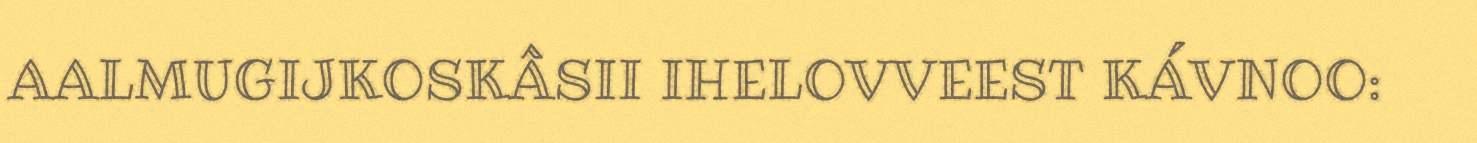
AALMUGIJKOSKÂSII IHELOVVEEST KÁVNOO: